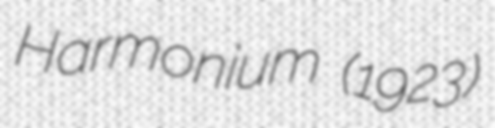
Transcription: Harmonium (1923)